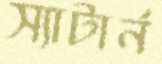
স্যাটার্ন